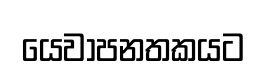
යෙවාපනතකයට